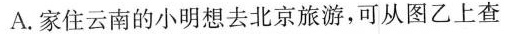
A.家住云南的小明想去北京旅游，可从图乙上查